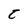
Character: 5